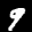
Label: 9